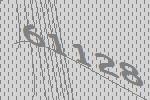
61128